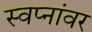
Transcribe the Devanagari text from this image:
स्वप्नांवर